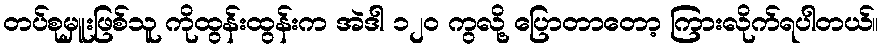
တပ်စုမှူးဖြစ်သူ ကိုထွန်းထွန်းက အဲဒါ ၁၂၀ ကွလို့ ပြောတာတော့ ကြားလိုက်ရပါတယ်။